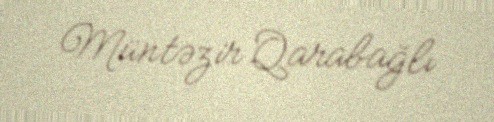
Müntəzir Qarabağlı